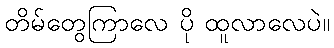
တိမ်တွေကြာလေ ပို ထူလာလေပဲ။